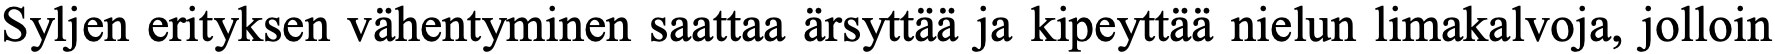
Syljen erityksen vähentyminen saattaa ärsyttää ja kipeyttää nielun limakalvoja, jolloin